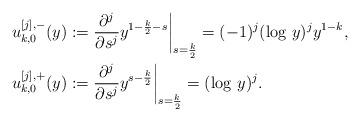
LaTeX: \begin{align*}u_{k,0}^{[j],-}(y) &:= \frac{\partial^j}{\partial s^j}y^{1-\frac{k}{2}-s}\bigg|_{s=\frac{k}{2}} = (-1)^j(\mathrm{log}\ y)^j y^{1-k},\\u_{k,0}^{[j],+}(y) &:= \frac{\partial^j}{\partial s^j}y^{s-\frac{k}{2}}\bigg|_{s=\frac{k}{2}} = (\mathrm{log}\ y)^j.\end{align*}